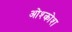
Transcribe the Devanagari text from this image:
ओश्कोश